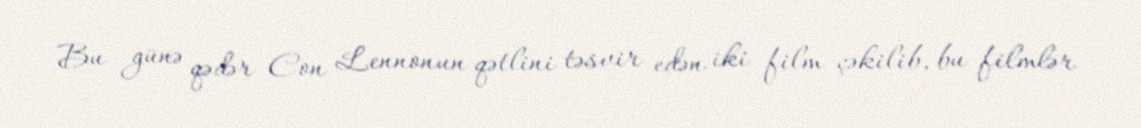
Bu günə qədər Con Lennonun qətlini təsvir edən iki film çəkilib, bu filmlər